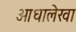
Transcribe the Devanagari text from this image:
आधालेखा